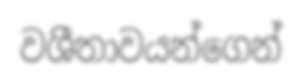
වශීතාවයන්ගෙන්